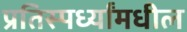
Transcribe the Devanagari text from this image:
प्रतिस्पर्ध्यांमधील